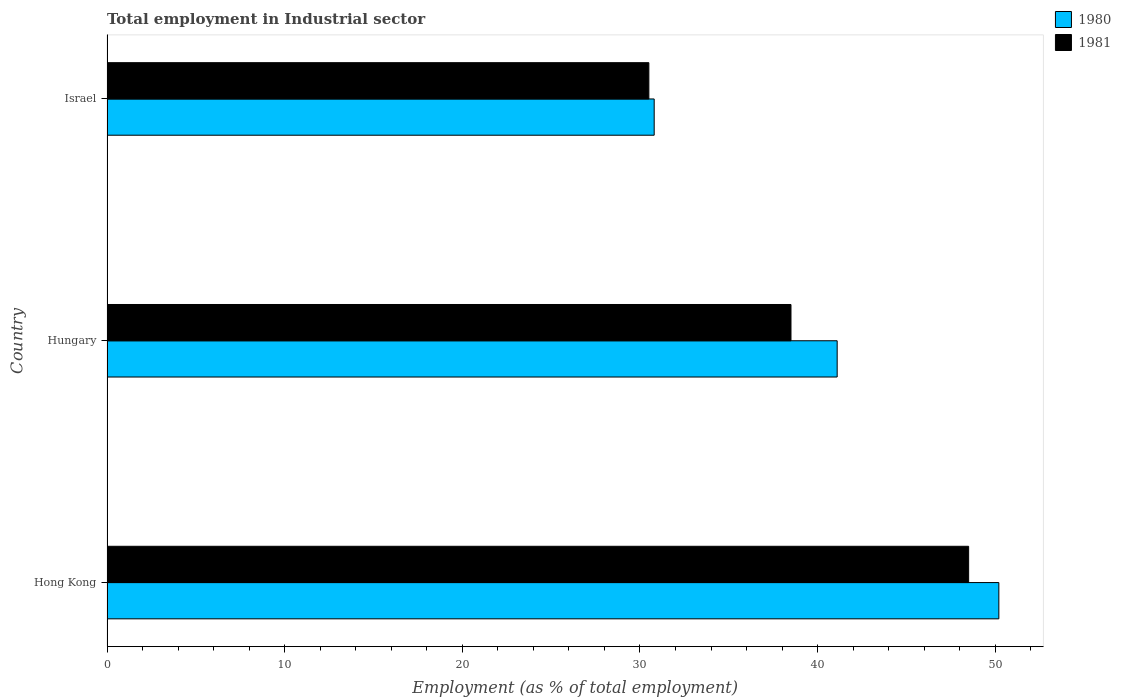
| Country | 1980 | 1981 |
 | --- | --- | --- |
 | Hong Kong | 50.2 | 48.5 |
 | Hungary | 41.1 | 38.5 |
 | Israel | 30.8 | 30.5 |